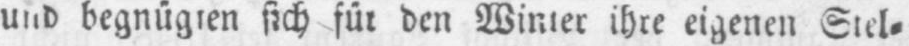
begnügten sich für den Winter ihre eigenen Stel⸗